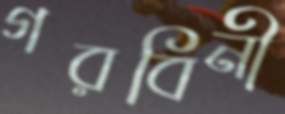
গরবিনী